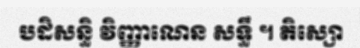
បដិសន្ធិ វិញ្ញាណេន សទ្ធឹ ។ តិស្សោ